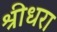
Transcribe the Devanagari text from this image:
श्रीधरा